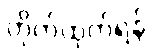
တိုက်ထုတ်ရန်